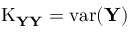
\operatorname { K } _ { \mathbf { Y Y } } = \operatorname { v a r } ( \mathbf { Y } )